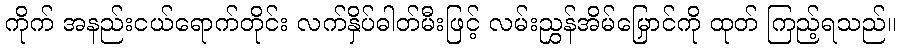
ကိုက် အနည်းငယ်ရောက်တိုင်း လက်နှိပ်ဓါတ်မီးဖြင့် လမ်းညွှန်အိမ်မြှောင်ကို ထုတ် ကြည့်ရသည်။